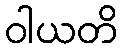
ဝါယတိ